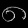
Digit: ၈